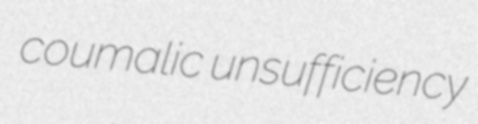
coumalic unsufficiency